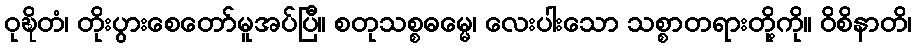
ဝုဍ္ဎိတံ၊ တိုးပွားစေတော်မူအပ်ပြီ။ စတုသစ္စဓမ္မေ၊ လေးပါးသော သစ္စာတရားတို့ကို။ ဝိစိနာတိ၊